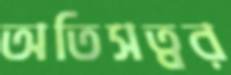
অতিসত্বর